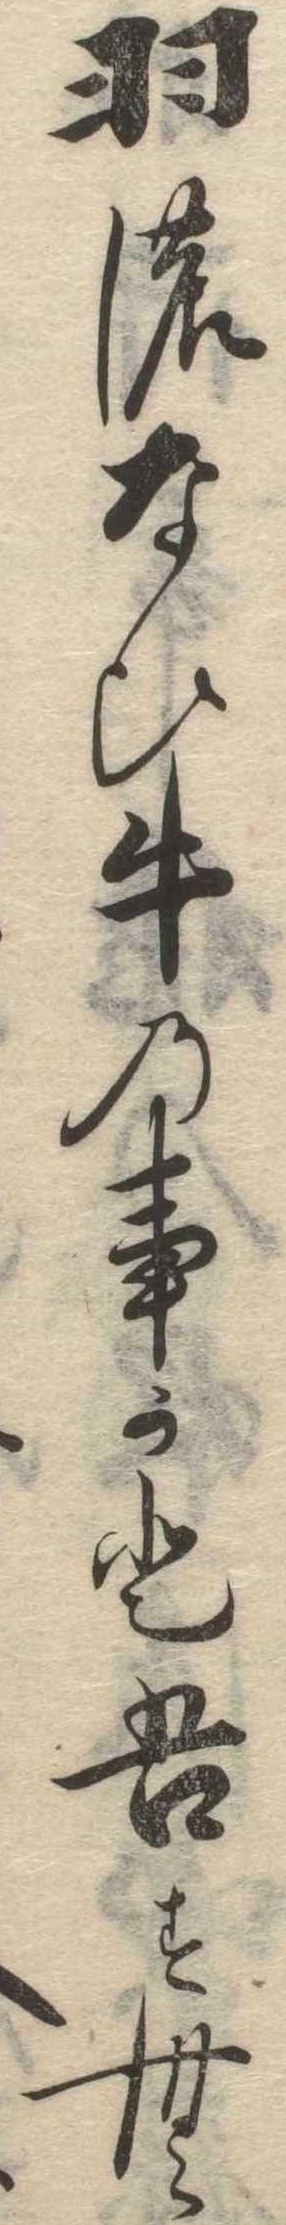
羽のなひ牛の事かと吾すむ